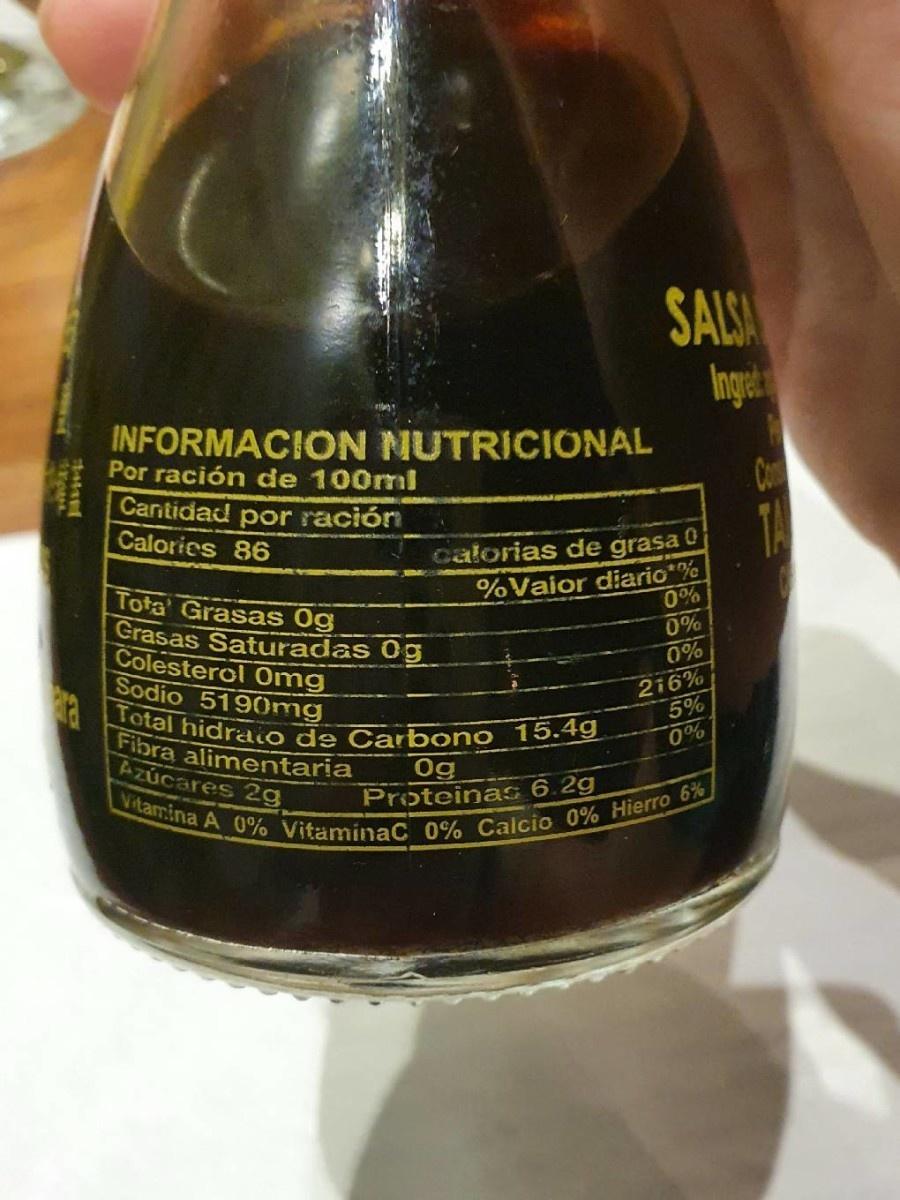
SALSA
Ingut INFORMACION NUTRICIONAL
Por ración de 100ml
Cantidad por ración Calories 86
TA
Tota Grasas 0g Grasas Saturadas 0g Colesterol Omg Sodio 5190mg
calorias de grasa 0 %Vaior diario*% 0% 0% 0%
Total hidraio de Carbono 15.4g Fibra alimentaria Azúcares 2g
216% 5% 0%
Vitamina A 0% VitaminaC 0% Calcio 0% Hierro 6%
Og Proteinas 6.2g